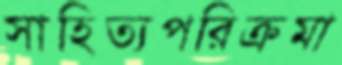
সাহিত্যপরিক্রমা